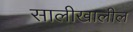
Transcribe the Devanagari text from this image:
सालीखालील